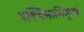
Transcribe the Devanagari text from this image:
पश्‍चिमाभिमुख